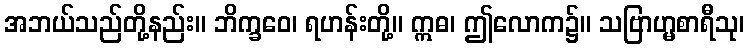
အဘယ်သည်တို့နည်း။ ဘိက္ခဝေ၊ ရဟန်းတို့။ ဣဓ၊ ဤလောက၌။ သဗြာဟ္မစာရီသု၊